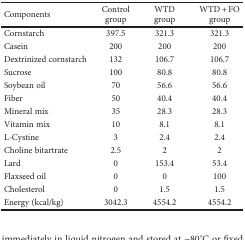
<table><thead><tr><td><b>Components</b></td><td><b>Control group</b></td><td><b>WTD group</b></td><td><b>WTD + FO group</b></td></tr></thead><tbody><tr><td>Cornstarch</td><td>397.5</td><td>321.3</td><td>321.3</td></tr><tr><td>Casein</td><td>200</td><td>200</td><td>200</td></tr><tr><td>Dextrinized cornstarch</td><td>132</td><td>106.7</td><td>106.7</td></tr><tr><td>Sucrose</td><td>100</td><td>80.8</td><td>80.8</td></tr><tr><td>Soybean oil</td><td>70</td><td>56.6</td><td>56.6</td></tr><tr><td>Fiber</td><td>50</td><td>40.4</td><td>40.4</td></tr><tr><td>Mineral mix</td><td>35</td><td>28.3</td><td>28.3</td></tr><tr><td>Vitamin mix</td><td>10</td><td>8.1</td><td>8.1</td></tr><tr><td>L-Cystine</td><td>3</td><td>2.4</td><td>2.4</td></tr><tr><td>Choline bitartrate</td><td>2.5</td><td>2</td><td>2</td></tr><tr><td>Lard</td><td>0</td><td>153.4</td><td>53.4</td></tr><tr><td>Flaxseed oil</td><td>0</td><td>0</td><td>100</td></tr><tr><td>Cholesterol</td><td>0</td><td>1.5</td><td>1.5</td></tr><tr><td>Energy (kcal/kg)</td><td>3042.3</td><td>4554.2</td><td>4554.2</td></tr></tbody></table>